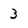
Character: 3